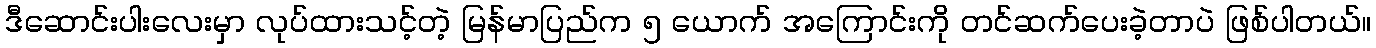
ဒီဆောင်းပါးလေးမှာ လုပ်ထားသင့်တဲ့ မြန်မာပြည်က ၅ ယောက် အကြောင်းကို တင်ဆက်ပေးခဲ့တာပဲ ဖြစ်ပါတယ်။